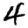
Digit: 4